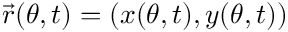
\vec { r } ( \theta , t ) = ( x ( \theta , t ) , y ( \theta , t ) )